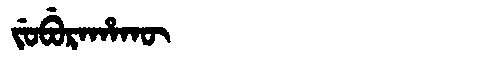
Manchu: ᠵᡠᠪᡠᡵᠠᡥᠠᡴᡡ
Romanization: JUBURAHAKŪ